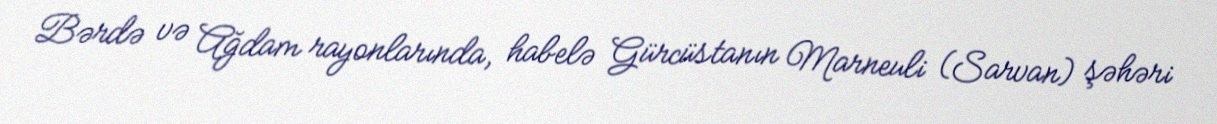
Bərdə və Ağdam rayonlarında, habelə Gürcüstanın Marneuli (Sarvan) şəhəri